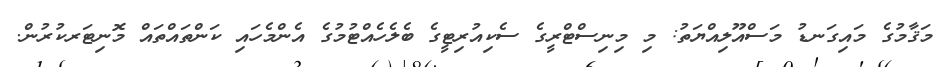
މަޤާމުގެ މައިގަނޑު މަސްއޫލިއްޔަތު: މި މިނިސްޓްރީގެ ސެކިއުރިޓީގެ ބެލެހެއްޓުމުގެ އެންމެހައި ކަންތައްތައް މޮނިޓަރކުރުން.